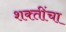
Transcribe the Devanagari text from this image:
शक्‍तींचा